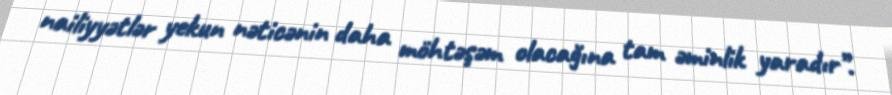
nailiyyətlər yekun nəticənin daha möhtəşəm olacağına tam əminlik yaradır”.